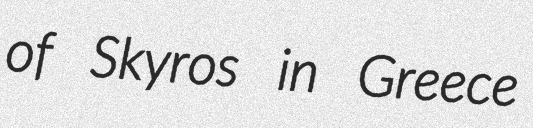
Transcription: of Skyros in Greece